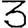
Digit: 3